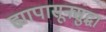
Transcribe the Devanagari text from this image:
ह्यापासूनसुद्धा